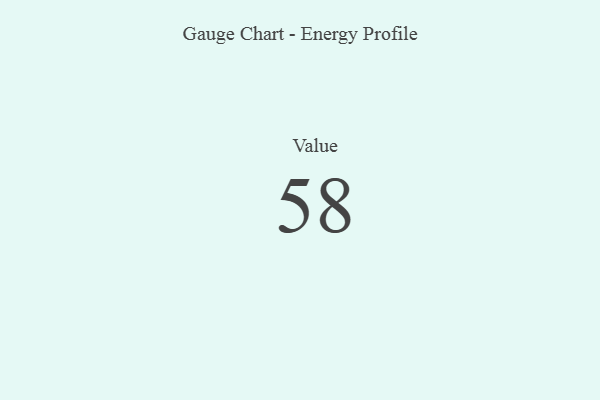
{"axis": {"x": "Metric", "y": "Value"}, "legend": [""], "data": [{"x": "Value", "y": 58, "type": ""}]}